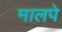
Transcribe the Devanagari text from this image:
मालपे